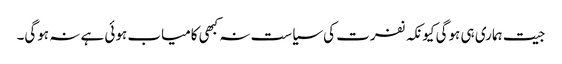
جیت ہماری ہی ہوگی کیونکہ نفرت کی سیاست نہ کبھی کامیاب ہوئی ہے نہ ہوگی۔